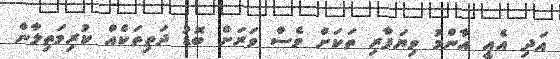
އަދި އެއީ އާންމު ވިޔަފާރި ތަކަށް ވެސް ވަރަށް ބޮޑު ދަތިތަކެއް ކުރިމަތިލާން